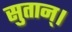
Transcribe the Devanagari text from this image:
सुतान्।